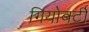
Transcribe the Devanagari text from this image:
गियोबर्टी